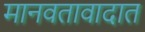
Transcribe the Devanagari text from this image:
मानवतावादात